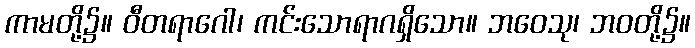
ကာမတို့၌။ ဝီတရာဂေါ၊ ကင်းသောရာဂရှိသော။ ဘဝေသု၊ ဘဝတို့၌။